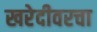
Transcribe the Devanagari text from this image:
खरेदीवरचा